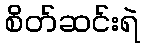
စိတ်ဆင်းရဲ